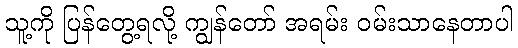
သူ့ကို ပြန်တွေ့ရလို့ ကျွန်တော် အရမ်း ဝမ်းသာနေတာပါ